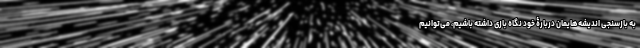
به بازسنجی اندیشه‌هایمان دربارۀ خود نگاه بازی داشته باشیم، می‌توانیم